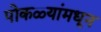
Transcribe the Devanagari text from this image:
पोकळ्यांमधून